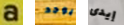
a يوجد إيدى